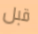
قبل